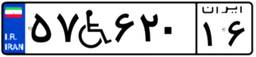
۵۷W۶۲۰۱۶